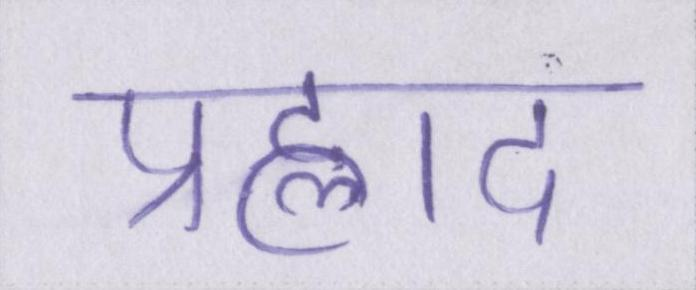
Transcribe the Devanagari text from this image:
प्रह्लाद